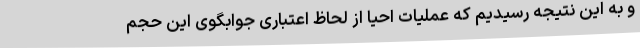
و به این نتیجه رسیدیم که عملیات احیا از لحاظ اعتباری جوابگوی این حجم